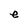
Character: e